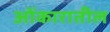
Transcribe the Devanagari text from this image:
ओंकारातील